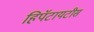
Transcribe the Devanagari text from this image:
हिपॅटायटीस